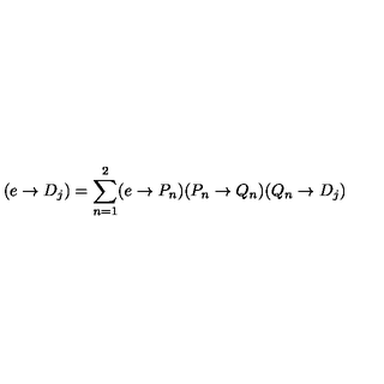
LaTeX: ( e \rightarrow D _ { j } ) = \sum _ { n = 1 } ^ { 2 } ( e \rightarrow P _ { n } ) ( P _ { n } \rightarrow Q _ { n } ) ( Q _ { n } \rightarrow D _ { j } )